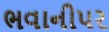
ભવાનીપર